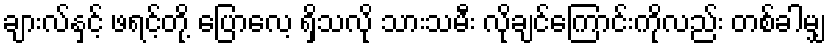
ချားလ်နှင့် ဖရင့်တို့ ပြောလေ့ ရှိသလို သားသမီး လိုချင်ကြောင်းကိုလည်း တစ်ခါမျှ